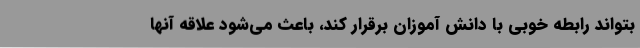
بتواند رابطه خوبی با دانش آموزان برقرار کند، باعث می‌شود علاقه آنها